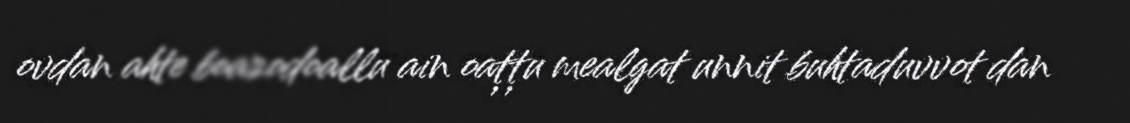
ovdan ahte boazodoallu ain oaţţu mealgat unnit buhtaduvvot dan